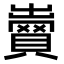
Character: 𧷵